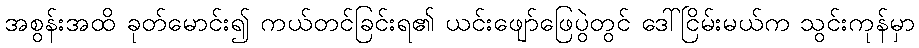
အစွန်းအထိ ခုတ်မောင်း၍ ကယ်တင်ခြင်းရ၏ ယင်းဖျော်ဖြေပွဲတွင် ဒေါ်ငြိမ်းမယ်က သွင်းကုန်မှာ